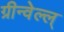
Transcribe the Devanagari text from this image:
ग्रीन्वेल्ल्